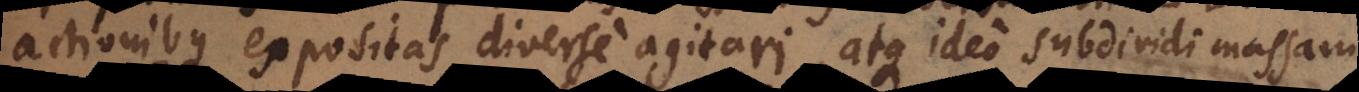
actionibus expositas diverse agitari, atque ideo subdividi massam.